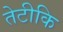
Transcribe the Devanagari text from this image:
तेटीकि